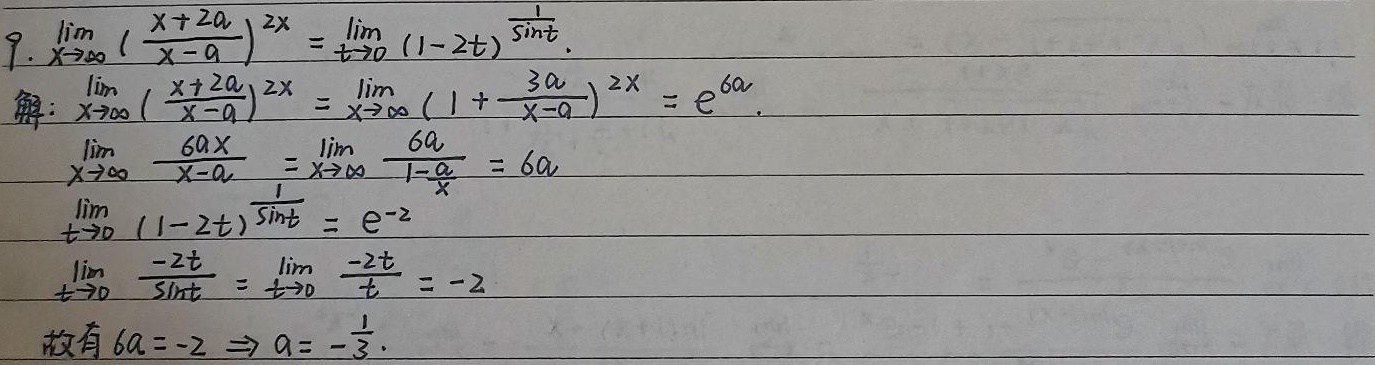
已知\(\lim\limits_{x\rightarrow\infty}(\frac{x + 2a}{x - a})^{2x}=\lim\limits_{t\rightarrow0}(1 - 2t)^{\frac{1}{\sin t}}\)。

解：
\(\lim\limits_{x\rightarrow\infty}(\frac{x + 2a}{x - a})^{2x}=\lim\limits_{x\rightarrow\infty}(1+\frac{3a}{x - a})^{2x}\)，由重要极限\(\lim\limits_{u\rightarrow0}(1 + u)^{\frac{1}{u}} = e\)，这里令\(u = \frac{3a}{x - a}\)，\(2x = \frac{2(x - a)}{ \frac{3a}{x - a}} \cdot \frac{3a}{x - a}\)，则\(\lim\limits_{x\rightarrow\infty}(1+\frac{3a}{x - a})^{2x}=e^{\lim\limits_{x\rightarrow\infty}\frac{6ax}{x - a}}\)，而\(\lim\limits_{x\rightarrow\infty}\frac{6ax}{x - a}=\lim\limits_{x\rightarrow\infty}\frac{6a}{1-\frac{a}{x}} = 6a\)，所以\(\lim\limits_{x\rightarrow\infty}(\frac{x + 2a}{x - a})^{2x}=e^{6a}\)。

\(\lim\limits_{t\rightarrow0}(1 - 2t)^{\frac{1}{\sin t}}\)，同样根据重要极限，令\(u = -2t\)，\(\frac{1}{\sin t} = \frac{1}{-2t} \cdot (-2t)\frac{1}{\sin t}\)，则\(\lim\limits_{t\rightarrow0}(1 - 2t)^{\frac{1}{\sin t}}=e^{\lim\limits_{t\rightarrow0}\frac{-2t}{\sin t}}\)，又\(\lim\limits_{t\rightarrow0}\frac{-2t}{\sin t}=\lim\limits_{t\rightarrow0}\frac{-2t}{t}=-2\)，所以\(\lim\limits_{t\rightarrow0}(1 - 2t)^{\frac{1}{\sin t}}=e^{-2}\)。

故有\(6a = -2\)，解得\(a = -\frac{1}{3}\)。